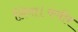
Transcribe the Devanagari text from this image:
लिया।कबीर